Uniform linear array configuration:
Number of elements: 16
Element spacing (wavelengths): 0.75
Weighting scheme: hann
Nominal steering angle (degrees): -15
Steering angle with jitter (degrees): -15.261
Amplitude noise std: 0.05
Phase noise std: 0.05

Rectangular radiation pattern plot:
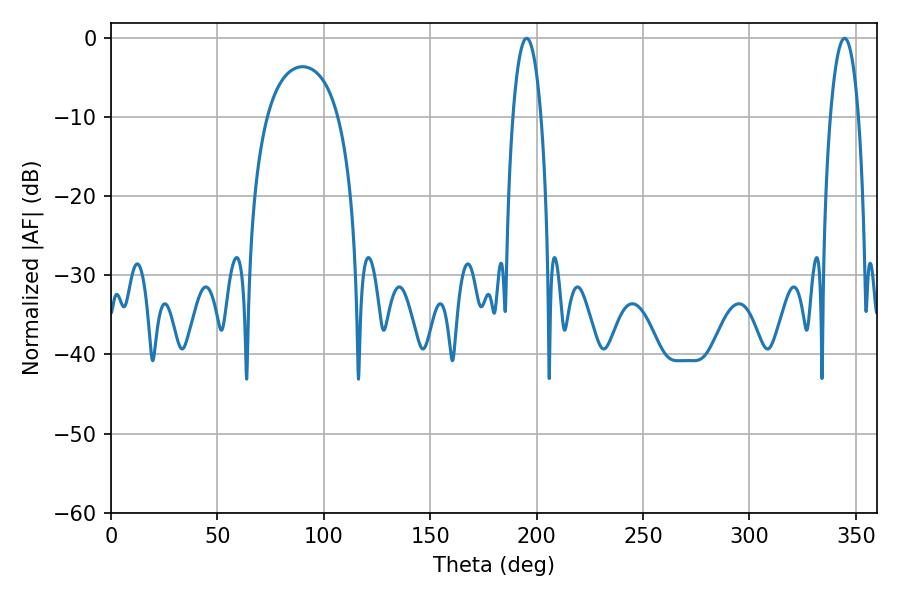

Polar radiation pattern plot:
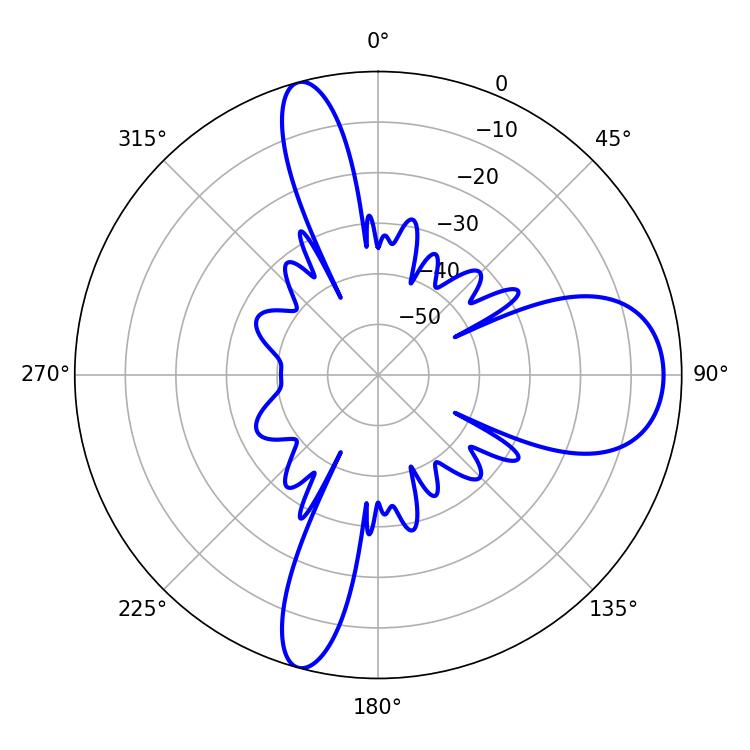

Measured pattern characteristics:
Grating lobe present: TRUE
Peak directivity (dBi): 12.494
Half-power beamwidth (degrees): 7.38
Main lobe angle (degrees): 195.3